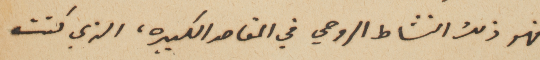
فهو ذلك النشاط الروحي في المقاصد الكبيره، الذي كنت